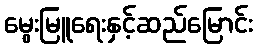
မွေးမြူရေးနှင့်ဆည်မြောင်း